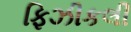
ફિઝીકલી